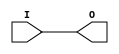
// $Header: /devl/xcs/repo/env/Databases/CAEInterfaces/verunilibs/s/IBUFG_HSTL_II_DCI_18.v,v 1.5 2003/01/21 01:55:24 wloo Exp $

/*

FUNCTION	: INPUT BUFFER

*/

`timescale  100 ps / 10 ps


module IBUFG_HSTL_II_DCI_18 (O, I);

    output O;

    input  I;

	buf B1 (O, I);

    specify
	(I *> O) = (0, 0);
    endspecify

endmodule